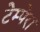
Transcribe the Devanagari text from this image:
टेम्पेरा